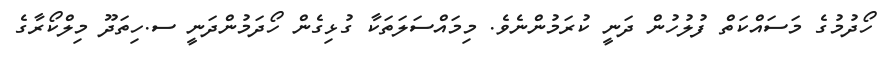
ހޯދުމުގެ މަސައްކަތް ފުލުހުން ދަނީ ކުރަމުންނެވެ. މިމައްސަލަތަކާ ގުޅިގެން ހޯދަމުންދަނީ ސ.ހިތަދޫ މިލްކޯރާގެ